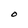
Character: O